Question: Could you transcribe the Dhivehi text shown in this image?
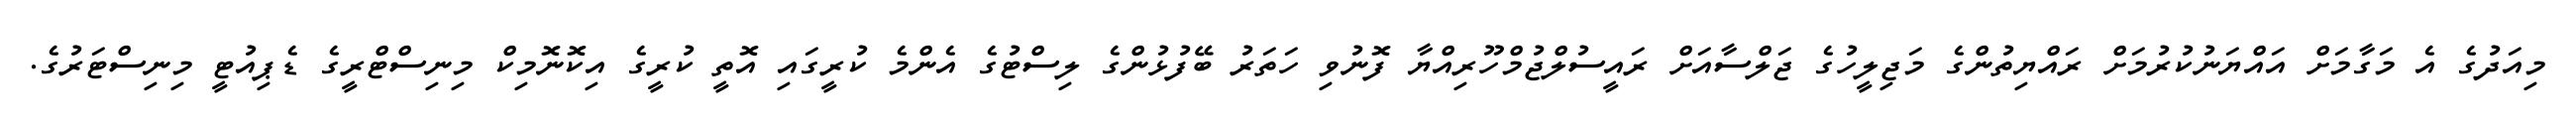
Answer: މިއަދުގެ އެ މަގާމަށް އައްޔަނުކުރުމަށް ރައްޔިތުންގެ މަޖިލީހުގެ ޖަލްސާއަށް ރައީސުލްޖުމްހޫރިއްޔާ ފޮނުވި ހަތަރު ބޭފުޅުންގެ ލިސްޓުގެ އެންމެ ކުރީގައި އޮތީ ކުރީގެ އިކޮނޮމިކް މިނިސްޓްރީގެ ޑެޕިއުޓީ މިނިސްޓަރުގެ.